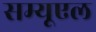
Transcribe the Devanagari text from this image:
सम्यूएल